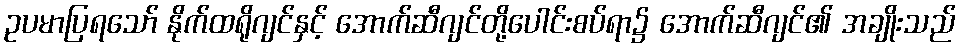
ဥပမာပြရသော် နိုက်ထရိုဂျင်နှင့် အောက်ဆီဂျင်တို့ပေါင်းစပ်ရာ၌ အောက်ဆီဂျင်၏ အချိုးသည်